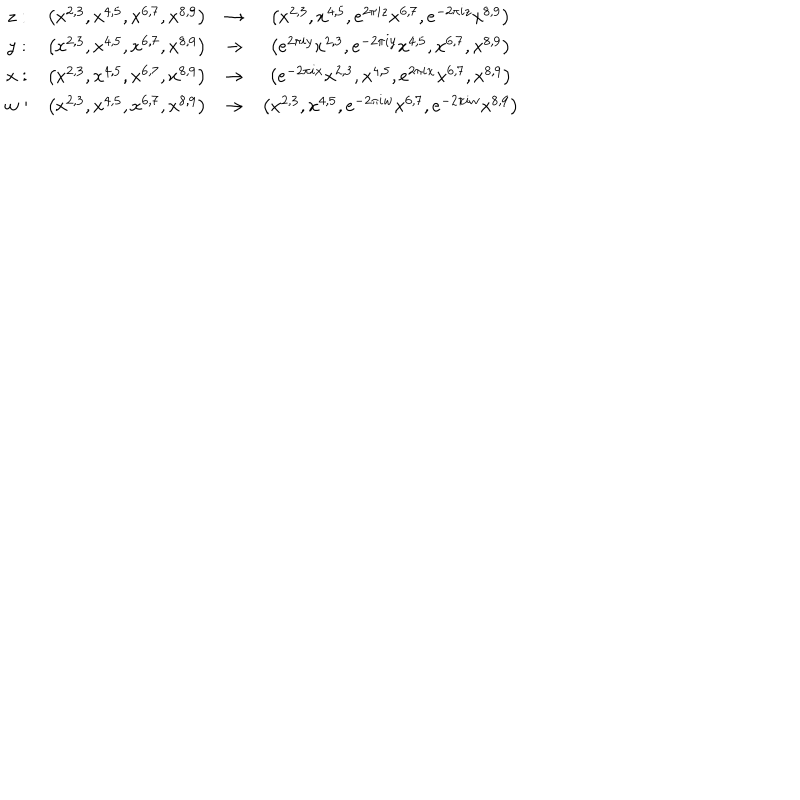
\begin{array} { c c c c } { { z : } } & { { \left( x ^ { 2 , 3 } , x ^ { 4 , 5 } , x ^ { 6 , 7 } , x ^ { 8 , 9 } \right) } } & { { \to } } & { { \left( x ^ { 2 , 3 } , x ^ { 4 , 5 } , e ^ { 2 \pi i z } x ^ { 6 , 7 } , e ^ { - 2 \pi i z } x ^ { 8 , 9 } \right) } } \\ { { y : } } & { { \left( x ^ { 2 , 3 } , x ^ { 4 , 5 } , x ^ { 6 , 7 } , x ^ { 8 , 9 } \right) } } & { { \to } } & { { \left( e ^ { 2 \pi i y } x ^ { 2 , 3 } , e ^ { - 2 \pi i y } x ^ { 4 , 5 } , x ^ { 6 , 7 } , x ^ { 8 , 9 } \right) } } \\ { { x : } } & { { \left( x ^ { 2 , 3 } , x ^ { 4 , 5 } , x ^ { 6 , 7 } , x ^ { 8 , 9 } \right) } } & { { \to } } & { { \left( e ^ { - 2 \pi i x } x ^ { 2 , 3 } , x ^ { 4 , 5 } , e ^ { 2 \pi i x } x ^ { 6 , 7 } , x ^ { 8 , 9 } \right) } } \\ { { w : } } & { { \left( x ^ { 2 , 3 } , x ^ { 4 , 5 } , x ^ { 6 , 7 } , x ^ { 8 , 9 } \right) } } & { { \to } } & { { \left( x ^ { 2 , 3 } , x ^ { 4 , 5 } , e ^ { - 2 \pi i w } x ^ { 6 , 7 } , e ^ { - 2 \pi i w } x ^ { 8 , 9 } \right) } } \\ \end{array}